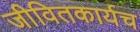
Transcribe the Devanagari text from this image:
जीवितकार्यच